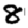
Digit: 8